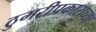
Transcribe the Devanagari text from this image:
ठुमरीप्रकाराच्या